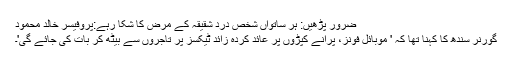
ضرور پڑھیں: ہر ساتواں شخص درد شقیقہ کے مرض کا شکا رہے:پروفیسر خالد محمود
گورنر سندھ کا کہنا تھا کہ ' موبائل فونز، پرانے کپڑوں پر عائد کردہ زائد ٹیکسز پر تاجروں سے بیٹھ کر بات کی جائے گی'۔